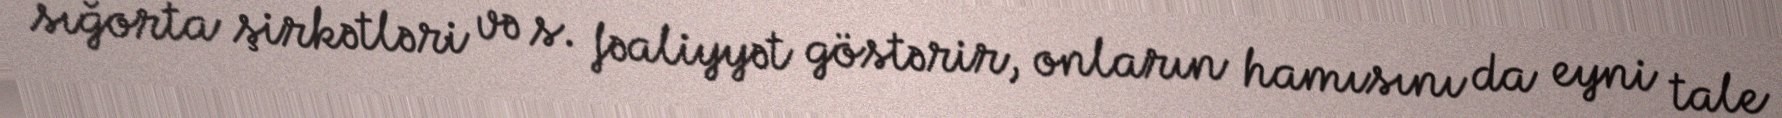
sığorta şirkətləri və s. fəaliyyət göstərir, onların hamısını da eyni tale